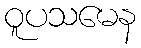
ဝူပသမေန